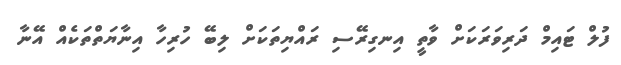
ފުލް ޓައިމް ދަރިވަރަކަށް ވާތީ އިނގިރޭސި ރައްޔިތަކަށް ލިބޭ ހުރިހާ އިނާޔަތްތަކެއް އޭނާ